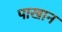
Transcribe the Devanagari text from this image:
पाखान